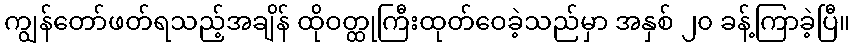
ကျွန်တော်ဖတ်ရသည့်အချိန် ထိုဝတ္ထုကြီးထုတ်ဝေခဲ့သည်မှာ အနှစ် ၂၀ ခန့်ကြာခဲ့ပြီ။